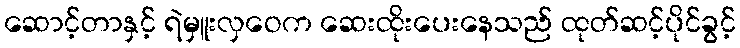
ဆောင့်တာနှင့် ရဲမှူးလှဝေက ဆေးထိုးပေးနေသည် ထုတ်ဆင့်ပိုင်ခွင့်